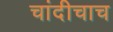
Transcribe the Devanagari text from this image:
चांदीचाच